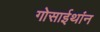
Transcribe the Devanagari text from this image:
गोसाईथांन